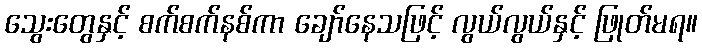
သွေးတွေနှင့် စက်စက်နစ်ကာ ချော်နေသဖြင့် လွယ်လွယ်နှင့် ဖြုတ်မရ။